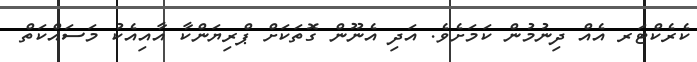
ކެރެކްޓަރ އެއް ދިނުމުން ކަމަށެވެ. އަދި އެނޫން ގޮތަކަށް ޕްރިޔަންކާ އާއިއެކު މަސައްކަތް